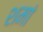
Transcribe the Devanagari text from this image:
शमां